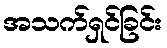
အသက်ရှင်ခြင်း